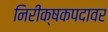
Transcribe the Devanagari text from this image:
निरीक्षकपदावर